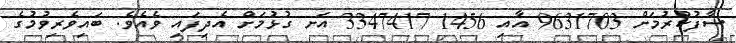
ސާފުކުރުމަށް 9631703 އާއި 1456 3347417 އަށ ގުޅުމަށް އެދިފައި ވެއެވެ. ބައިވެރިވުމުގެ